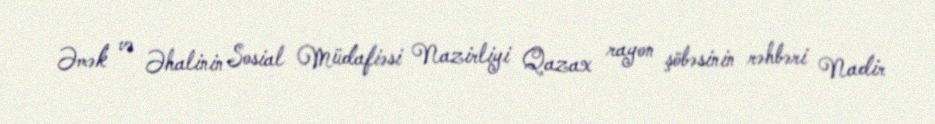
Əmək və Əhalinin Sosial Müdafiəsi Nazirliyi Qazax rayon şöbəsinin rəhbəri Nadir